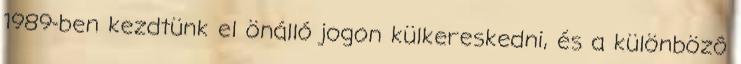
1989-ben kezdtünk el önálló jogon külkereskedni, és a különbözô